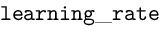
\mathtt { l e a r n i n g \_ r a t e }